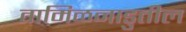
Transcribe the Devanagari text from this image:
तामिळनाडुतील